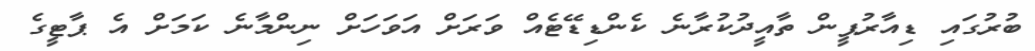
ބުރުގައި ޑިއާރުޕީން ތާއީދުކުރާނެ ކެންޑިޑޭޓެއް ވަރަށް އަވަހަށް ނިންމާނެ ކަމަށް އެ ޕާޓީގެ